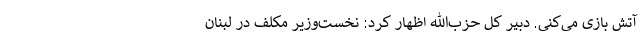
آتش بازی می‌کنی. دبیر کل حزب‌الله اظهار کرد: نخست‌وزیر مکلف در لبنان